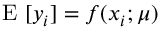
\mathrm { ~ E ~ } [ y _ { i } ] = f ( x _ { i } ; \boldsymbol { \mu } )